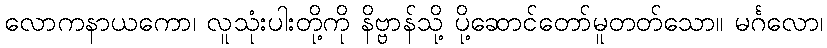
လောကနာယကော၊ လူသုံးပါးတို့ကို နိဗ္ဗာန်သို့ ပို့ဆောင်တော်မူတတ်သော။ မင်္ဂလော၊